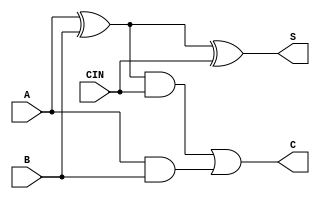
module fa_df(S, C, A, B, CIN);
    input A, B, CIN;
    output S, C;
    assign S = {A ^ B ^ CIN};
    assign C = {{A ^ B} & CIN | {A & B}};
endmodule

module fa_df_tb;
    reg A, B, CIN;
    wire S, C;
    integer i;
    fa_df tb(S, C, A, B, CIN);
    initial
    begin
        for (i=3'b0;i<8;i=i+1)
            begin
                {A, B, CIN} = i; #10;
            end
        {A, B, CIN} = 3'b0;
    end
endmodule